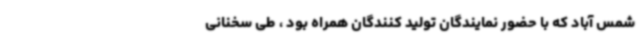
شمس آباد که با حضور نمایندگان تولید کنندگان همراه بود ، طی سخنانی